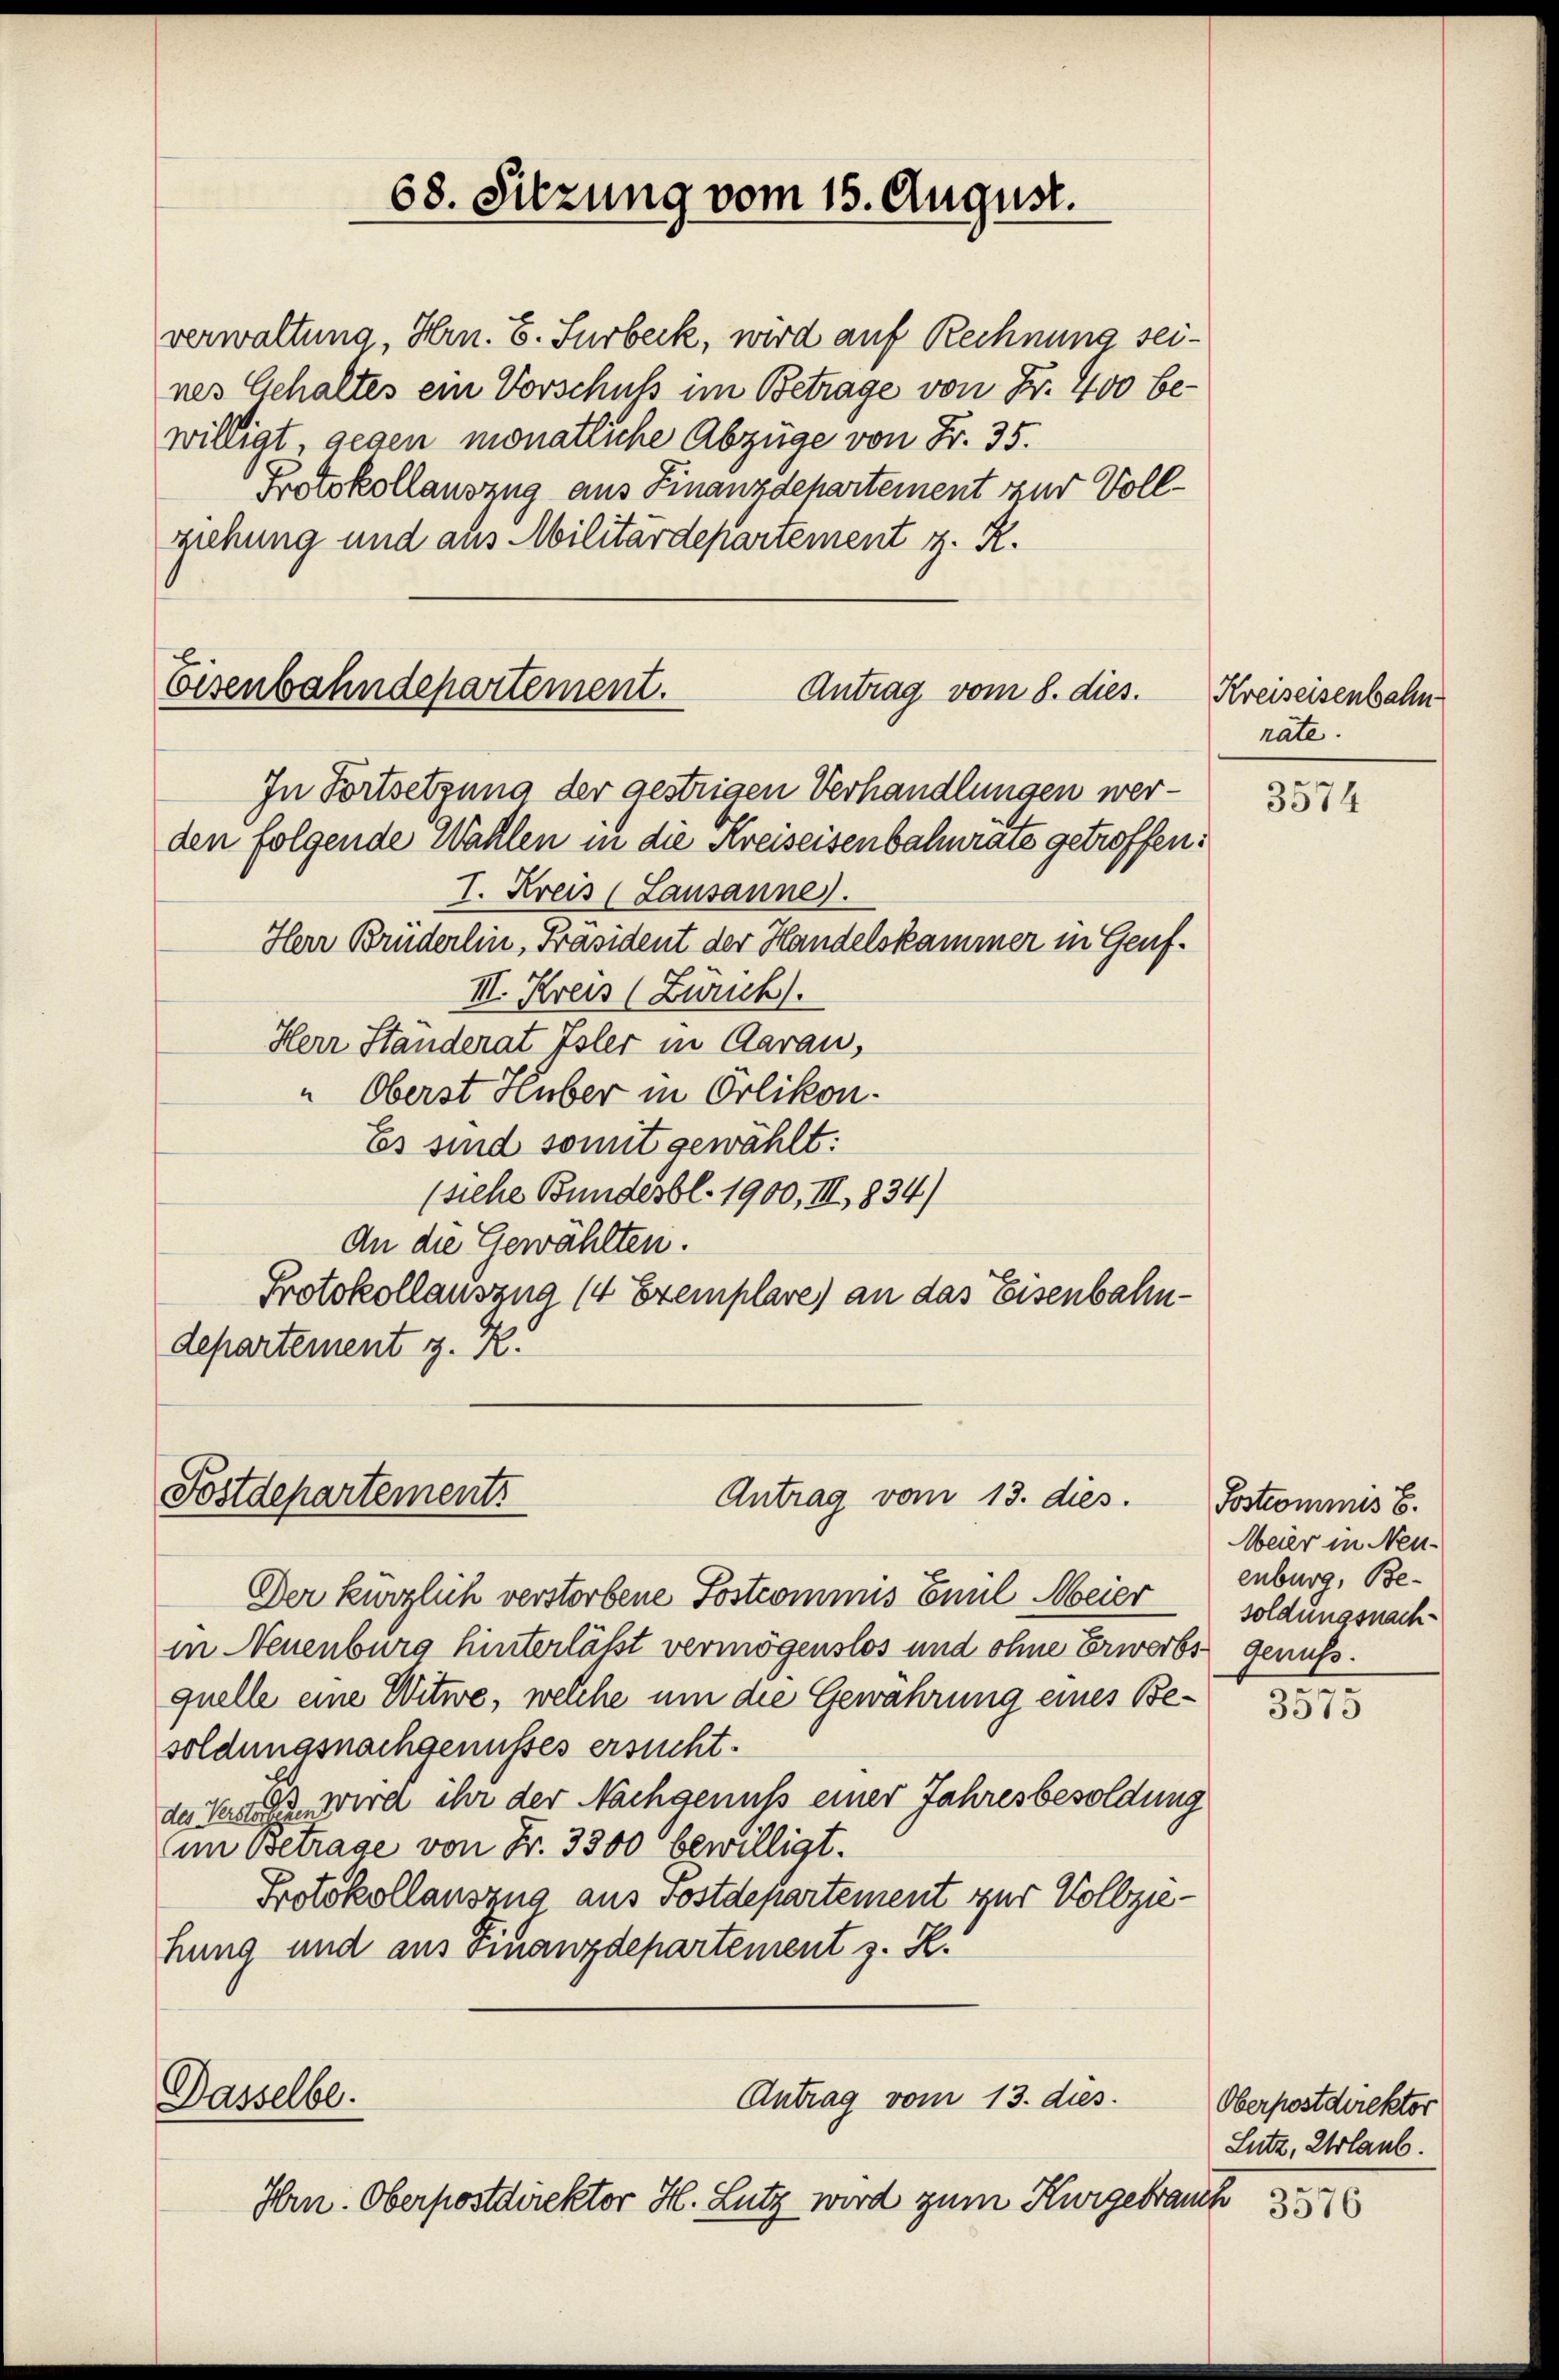
verwaltung, Hrn. E. Surbeck, wird auf Rechnung seines Gehaltes ein Vorschuss im Betrage von Fr. 400 bewilligt, gegen monatliche Abzüge von Fr. 35.
Protokollauszug aus Finanzdepartement zur Vollziehung und aus Militärdepartement z. R.

68. Sitzung vom 15. August.

Eisenbahndepartement.
Antrag vom 8. dies

In Fortsetzung der gestrigen Verhandlungen werden folgende Wahlen in die Kreiseisenbahnräte getroffen.
I. Kreis (Lausanne).
Herr Brüderlin, Präsident der Handelskammer in Genf.
III. Kreis (Zürich).
Herr Ständerat Isler in Aarau,
" Oberst Huber in Orlikon.
Es sind somit gewählt:
(siehe Bundesbl. 1900, III, 834)
An die Gewählten.
Protokollauszug (4 Exemplare) an das Eisenbahndepartement z. K.

Fostdepartement
Antrag vom 13. dies.

Antrag vom 13. dies
Dasselbe.
Hrn. Oberpostdirektor H. Lutz wird zum Kurgebrauch

Der kürzlich verstorbene Sostcommis Emil Meier
in Neuenburg hinterläßt vermögenslos und ohne Erwerbs genuß.
quelle eine Witwe, welche um die Gewahrung eines Besoldungsnachgenusses ersucht.
des Verheira ihr der Nachgenuss einer Jahresbesoldung
im betrage von Fr. 3300 bewilligt.
Protokollauszug aus sostdepartement zur Vollziehung und aus Finanzdepartement z. H.

Kreiseisenbahn
nate.

3574

Sostrommnis b.
Meier in Neu-
enburg, Besoldungsnach

3575

Oberpostdirektor
Lutz, Urlaub.